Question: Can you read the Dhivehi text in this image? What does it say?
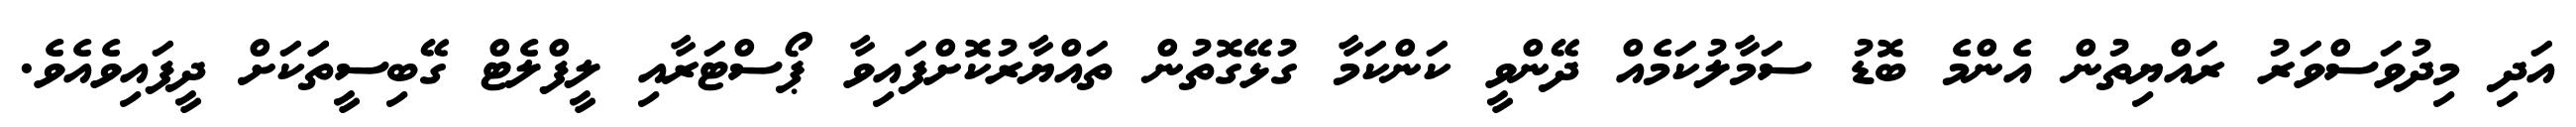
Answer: އަދި މިދުވަސްވަރު ރައްޔިތުން އެންމެ ބޮޑު ސަމާލުކަމެއް ދޭންވީ ކަންކަމާ ގުޅޭގޮތުން ތައްޔާރުކޮށްފައިވާ ޕޯސްޓަރާއި ލީފްލެޓް ގޭބިސީތަަކަށް ދީފައިވެއެވެ.